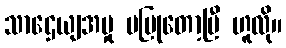
သာဌေယျအမှု မပြုတော့ပြီ ဟူလို။